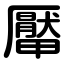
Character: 厴